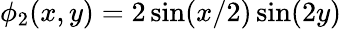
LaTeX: \phi_{2}(x,y)=2\sin(x/2)\sin(2y)